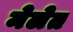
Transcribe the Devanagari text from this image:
मेलेत